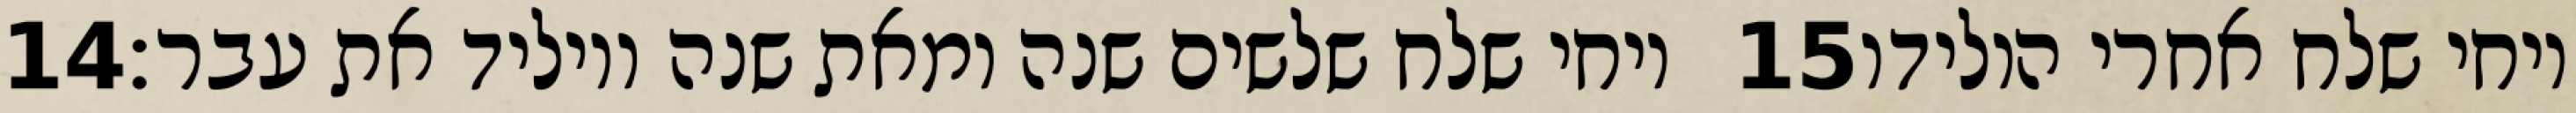
‎14‏ ויחי שלח שלשים שנה ומאת שנה ויוליד את עבר׃ ‎15‏ ויחי שלח אחרי הולידו